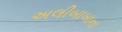
અલીબાબાના